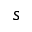
s